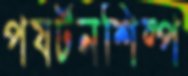
পযর্টনশিল্প